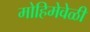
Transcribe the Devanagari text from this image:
मोहिमेवेळी